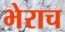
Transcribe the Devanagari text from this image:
भेराच